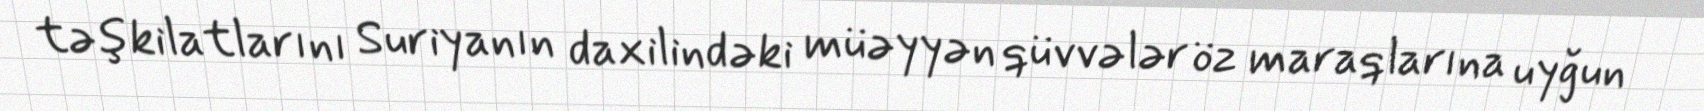
təşkilatlarını Suriyanın daxilindəki müəyyən qüvvələr öz maraqlarına uyğun